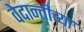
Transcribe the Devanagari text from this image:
वेदान्तीच्या